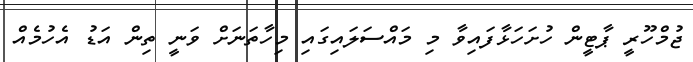
ޖުމްހޫރީ ޕާޓީން ހުށަހަޅާފައިވާ މި މައްސަލައިގައި މިހާތަނަށް ވަނީ ތިން އަޑު އެހުމެއް